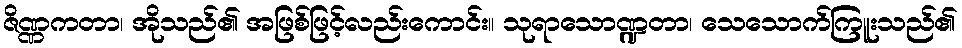
ဇိဏ္ဏကတာ၊ အိုသည်၏ အဖြစ်ဖြင့်လည်းကောင်း။ သုရာသောဏ္ဍတာ၊ သေသောက်ကြူးသည်၏